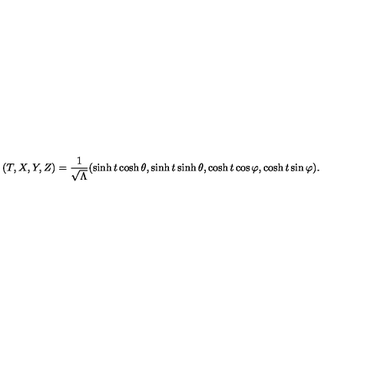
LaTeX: ( T , X , Y , Z ) = \frac { 1 } { \sqrt { \Lambda } } ( \sinh t \cosh \theta , \sinh t \sinh \theta , \cosh t \cos \varphi , \cosh t \sin \varphi ) .